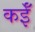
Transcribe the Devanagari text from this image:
कईँ